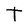
Character: T